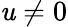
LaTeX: \mathit{u}\neq0